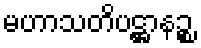
မဟာသတိပဋ္ဌာနဉ္စ